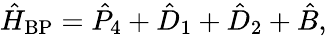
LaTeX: \begin{array}{r}{\hat{H}_{\mathrm{BP}}=\hat{P}_{4}+\hat{D}_{1}+\hat{D}_{2}+\hat{B},}\end{array}